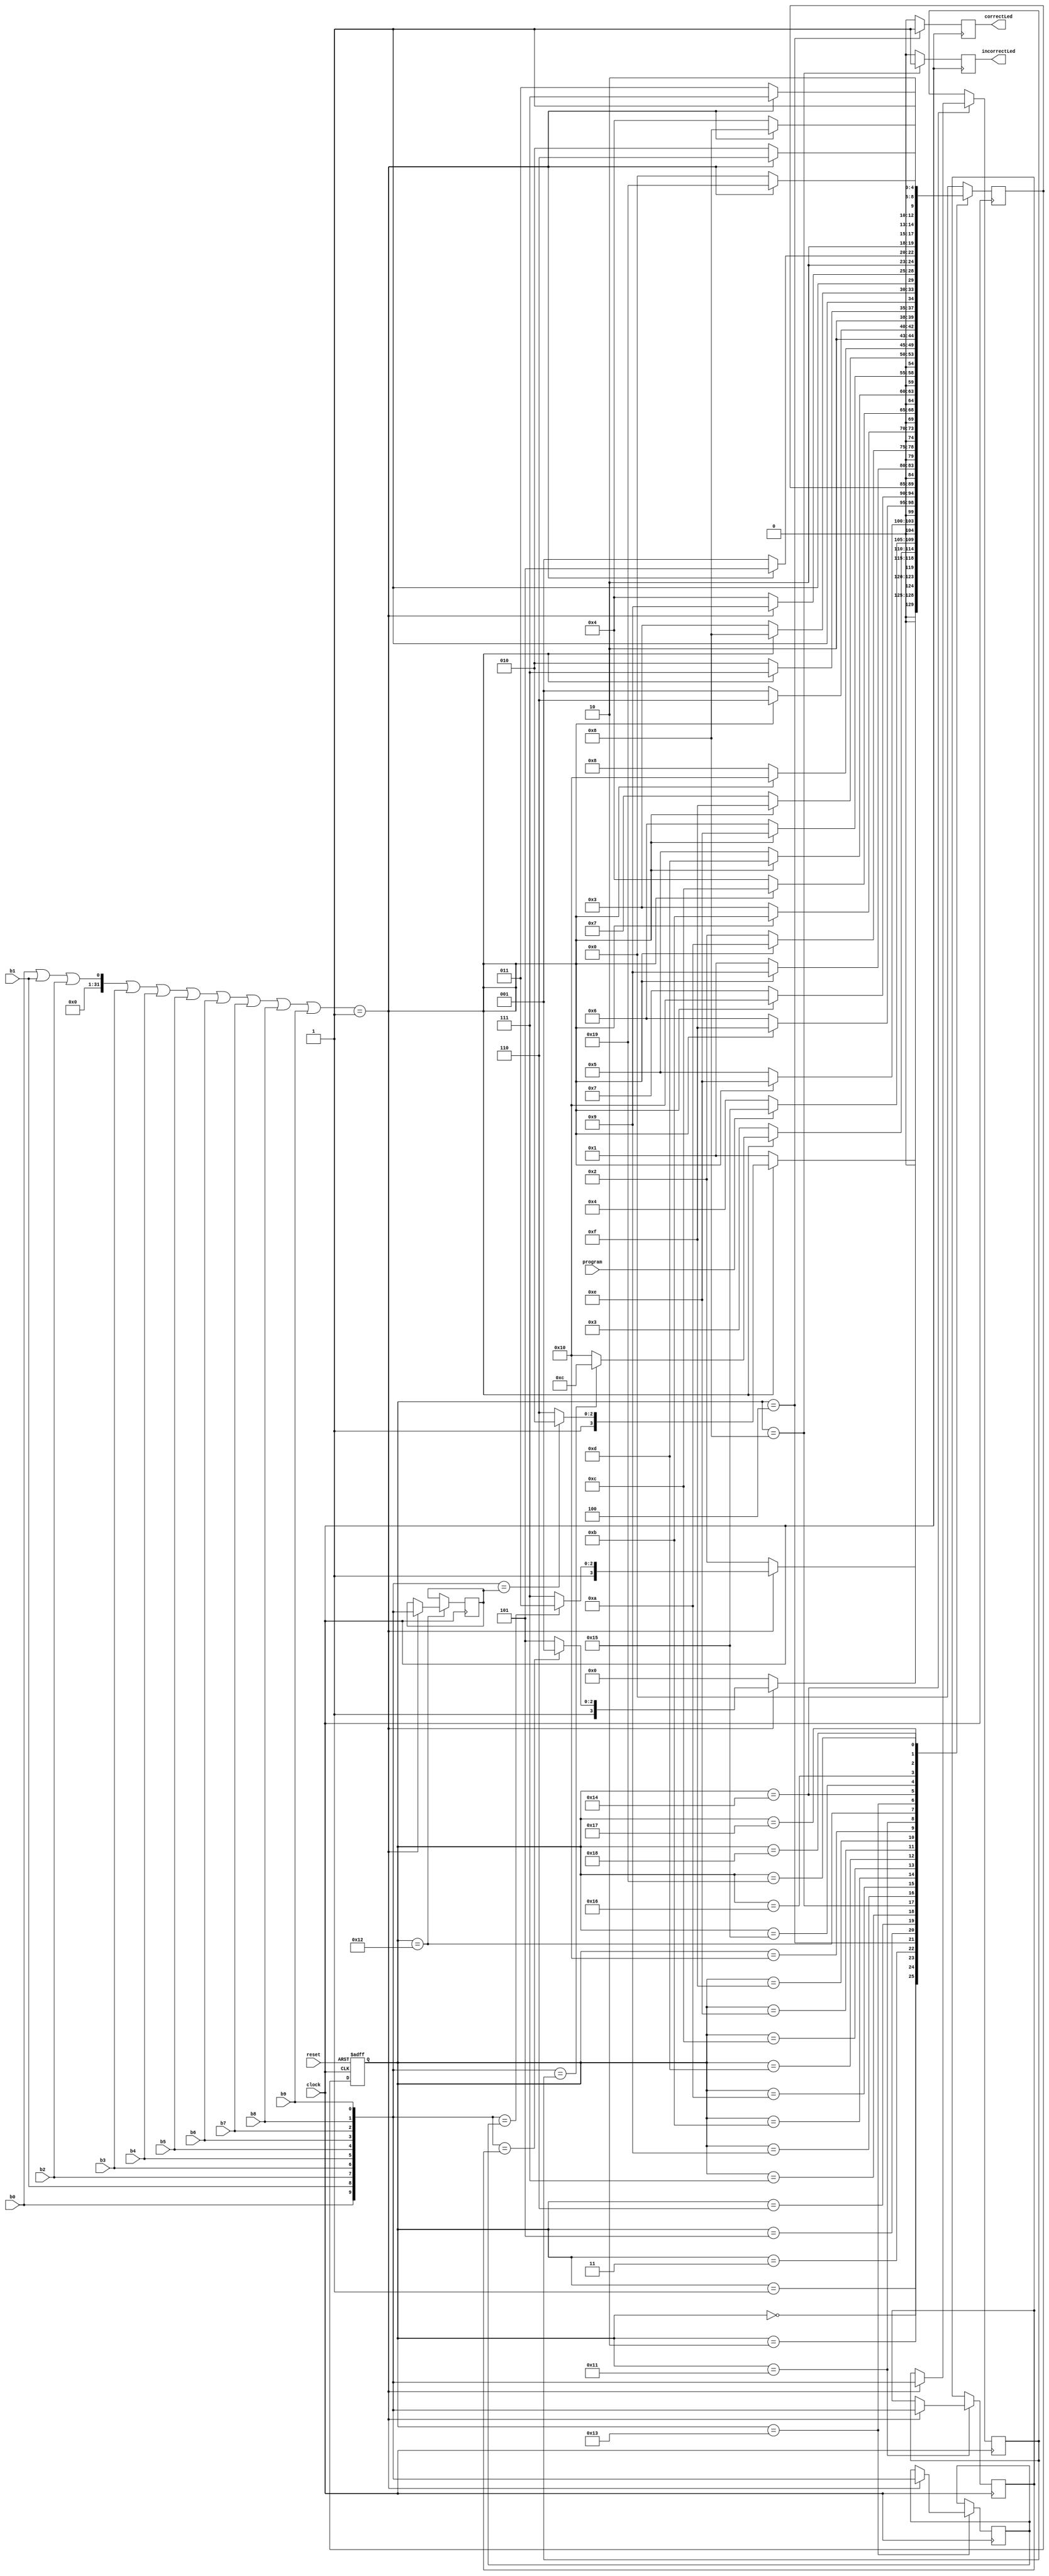
module Final_Lock_sm(clock, reset, program, b0, b1, b2, b3, b4, b5, b6, b7, b8, b9, correctLed, incorrectLed);

	input clock;
	input reset;
	input program;
	input b0, b1, b2, b3, b4, b5, b6, b7, b8, b9;
	output reg correctLed, incorrectLed;
	
	reg [4:0] state, next_state;
	reg [9:0] num1, num2, num3, num4;
	
	parameter S0 = 5'b00000,
				 C1 = 5'b00001,
				 C2 = 5'b00010,
				 C3 = 5'b00011,
				 CORRECT = 5'b00100,
				 X1 = 5'b00101,
				 X2 = 5'b00110,
				 X3 = 5'b00111,
				 INCORRECT = 5'b01000,
				 BC1 = 5'b01001,
				 BC2 = 5'b01010,
				 BC3 = 5'b01011,
				 BC4 = 5'b01100,
				 BX1 = 5'b01101,
				 BX2 = 5'b01110,
				 BX3 = 5'b01111,
				 BX4 = 5'b10000,
				 //Programming States
				 P1 = 5'b10001,
				 P2 = 5'b10010,
				 P3 = 5'b10011,
				 P4 = 5'b10100,
				 BP1 = 5'b10101,
				 BP2 = 5'b10110,
				 BP3 = 5'b10111,
				 BP4 = 5'b11000,
				 BP5 = 5'b11001;

	//Set the default code
	initial
	begin
		num1[9:0] = 10'b1000000000;
		num2[9:0] = 10'b0100000000;
		num3[9:0] = 10'b0010000000;
		num4[9:0] = 10'b0001000000;
	end
	
	//Asyncronous Reset
	always @ (posedge clock or posedge reset)
	begin
		if (reset == 1)
			state <= S0;
		else
			state <= next_state;
	end
	
	//State Control Function
	always @ (posedge clock)
	begin
		case(state)
			S0:
				begin
					if ((b0|b1|b2|b3|b4|b5|b6|b7|b8|b9) == 1)
						begin
							if({b0,b1,b2,b3,b4,b5,b6,b7,b8,b9} == num1)
								next_state <= BC1;
							else
								next_state <= BX1;
						end
					else
						next_state <= S0;
				end
			C1:
				begin
					if ((b0|b1|b2|b3|b4|b5|b6|b7|b8|b9) == 1)
						begin
							if({b0,b1,b2,b3,b4,b5,b6,b7,b8,b9} == num2)
								next_state <= BC2;
							else
								next_state <= BX2;
						end
					else
						next_state <= C1;
				end
			C2:
				begin
					if ((b0|b1|b2|b3|b4|b5|b6|b7|b8|b9) == 1)
						begin
							if({b0,b1,b2,b3,b4,b5,b6,b7,b8,b9} == num3)
								next_state <= BC3;
							else
								next_state <= BX3;
						end
					else
						next_state <= C2;
				end
			C3:
				begin
					if ((b0|b1|b2|b3|b4|b5|b6|b7|b8|b9) == 1)
						begin
							if({b0,b1,b2,b3,b4,b5,b6,b7,b8,b9} == num4)
								next_state <= BC4;
							else
								next_state <= BX4;
						end
					else
						next_state <= C3;
				end
			CORRECT: //If the program program button is pressed, go to programming mode
				begin
					if (program == 1)
						next_state <= BP1;
					else
						next_state <= CORRECT;
				end
			X1:
				begin
					if ((b0|b1|b2|b3|b4|b5|b6|b7|b8|b9) == 1)
						next_state <= BX2;
					else
						next_state <= X1;
				end
			X2:
				begin
					if ((b0|b1|b2|b3|b4|b5|b6|b7|b8|b9) == 1)
						next_state <= BX3;
					else
						next_state <= X2;
				end
			X3:
				begin
					if ((b0|b1|b2|b3|b4|b5|b6|b7|b8|b9) == 1)
						next_state <= BX4;
					else
						next_state <= X3;
				end
			INCORRECT: ;
			BC1:
				begin
					if ((b0|b1|b2|b3|b4|b5|b6|b7|b8|b9) == 1)
						next_state <= BC1;
					else
						next_state <= C1;
				end
			BC2:
				begin
					if ((b0|b1|b2|b3|b4|b5|b6|b7|b8|b9) == 1)
						next_state <= BC2;
					else
						next_state <= C2;
				end
			BC3:
				begin
					if ((b0|b1|b2|b3|b4|b5|b6|b7|b8|b9) == 1)
						next_state <= BC3;
					else
						next_state <= C3;
				end
			BC4:
				begin
					if ((b0|b1|b2|b3|b4|b5|b6|b7|b8|b9) == 1)
						next_state <= BC4;
					else
						next_state <= CORRECT;
				end
			BX1:
				begin
					if ((b0|b1|b2|b3|b4|b5|b6|b7|b8|b9) == 1)
						next_state <= BX1;
					else
						next_state <= X1;
				end
			BX2:
				begin
					if ((b0|b1|b2|b3|b4|b5|b6|b7|b8|b9) == 1)
						next_state <= BX2;
					else
						next_state <= X2;
				end
			BX3:
				begin
					if ((b0|b1|b2|b3|b4|b5|b6|b7|b8|b9) == 1)
						next_state <= BX3;
					else
						next_state <= X3;
				end
			BX4:
				begin
					if ((b0|b1|b2|b3|b4|b5|b6|b7|b8|b9) == 1)
						next_state <= BX4;
					else
						next_state <= INCORRECT;
				end
			P1:
				begin
					if ((b0|b1|b2|b3|b4|b5|b6|b7|b8|b9) == 1)
						begin
							num1 <= {b0,b1,b2,b3,b4,b5,b6,b7,b8,b9};
							next_state <= BP2;
						end
					else
						next_state <= P1;
				end
			P2:
				begin
					if ((b0|b1|b2|b3|b4|b5|b6|b7|b8|b9) == 1)
						begin
							num2 <= {b0,b1,b2,b3,b4,b5,b6,b7,b8,b9};
							next_state <= BP3;
						end
					else
						next_state <= P2;
				end
			P3:
				begin
					if ((b0|b1|b2|b3|b4|b5|b6|b7|b8|b9) == 1)
						begin
							num3 <= {b0,b1,b2,b3,b4,b5,b6,b7,b8,b9};
							next_state <= BP4;
						end
					else
						next_state <= P3;
				end
			P4:
				begin
					if ((b0|b1|b2|b3|b4|b5|b6|b7|b8|b9) == 1)
						begin
							num4 <= {b0,b1,b2,b3,b4,b5,b6,b7,b8,b9};
							next_state <= BP5;
						end
					else
						next_state <= P4;
				end
			BP1:
				begin
					if ((b0|b1|b2|b3|b4|b5|b6|b7|b8|b9) == 1)
						next_state <= BP1;
					else
						next_state <= P1;
				end
			BP2:
				begin
					if ((b0|b1|b2|b3|b4|b5|b6|b7|b8|b9) == 1)
						next_state <= BP2;
					else
						next_state <= P2;
				end
			BP3:
				begin
					if ((b0|b1|b2|b3|b4|b5|b6|b7|b8|b9) == 1)
						next_state <= BP3;
					else
						next_state <= P3;
				end
			BP4:
				begin
					if ((b0|b1|b2|b3|b4|b5|b6|b7|b8|b9) == 1)
						next_state <= BP4;
					else
						next_state <= P4;
				end
			BP5:
				begin
					if ((b0|b1|b2|b3|b4|b5|b6|b7|b8|b9) == 1)
						next_state <= BP5;
					else
						next_state <= S0;
				end
			default: next_state <= S0;
		endcase
	end
	
	//State Output Function
	always @ (posedge clock)
	begin
		case(state)
			CORRECT: 
				begin
					correctLed <= 1;
					incorrectLed <= 0;
				end
			INCORRECT: 
				begin
					correctLed <= 0;
					incorrectLed <= 1;
				end
			default:
				begin
					correctLed <= 0;
					incorrectLed <= 0;
				end
		endcase
	end
endmodule